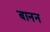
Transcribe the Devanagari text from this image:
बानन